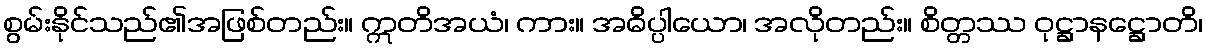
စွမ်းနိုင်သည်၏အဖြစ်တည်း။ ဣတိအယံ၊ ကား။ အဓိပ္ပါယော၊ အလိုတည်း။ စိတ္တဿ ဝုဋ္ဌာနဋ္ဌောတိ၊